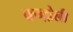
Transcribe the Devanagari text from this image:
कन्द्रोली